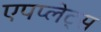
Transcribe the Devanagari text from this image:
एपप्लेट्स